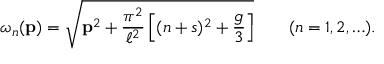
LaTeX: \omega _ { n } ( { \bf p } ) = \sqrt { { \bf p } ^ { 2 } + \frac { \pi ^ { 2 } } { \ell ^ { 2 } } \left[ ( n + s ) ^ { 2 } + \frac { g } { 3 } \right] } \qquad ( n = 1 , 2 , \ldots ) .